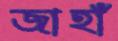
জাহাঁ